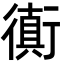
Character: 衠